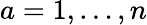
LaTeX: a=1,\ldots,n